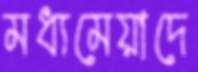
মধ্যমেয়াদে